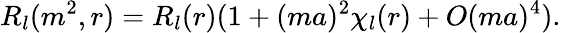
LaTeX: R_{l}(m^{2},r)=R_{l}(r)(1+(ma)^{2}\chi_{l}(r)+O(ma)^{4}).